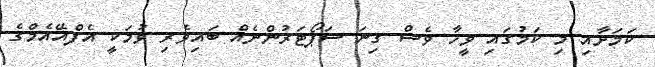
ކަމަށާއި މި ކަމުގައި ވީހާ ވެސް ގިނަ ސަޕޯޓަރުންނެއް ބައިވެރި ވުމަކީ އެފްއޭއެމްގެ